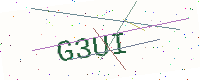
Text: G3UI